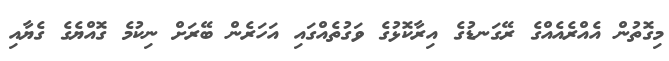
މިގޮތުން އެއްރެއެއްގެ ރޭގަނޑުގެ އިރާކޮޅުގެ ވަގުތެއްގައި އަހަރެން ބޭރަށް ނިކުމެ ގޮއްޔެގެ ގެޔާއި